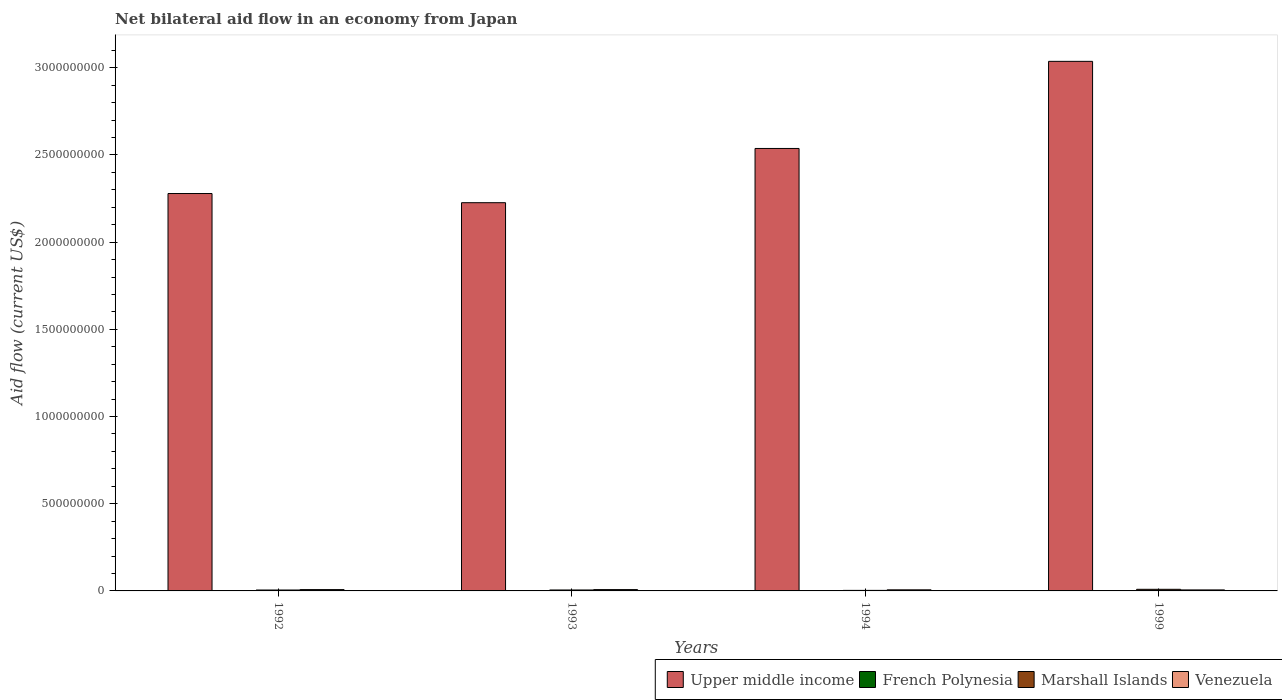
| Years | Upper middle income | French Polynesia | Marshall Islands | Venezuela |
 | --- | --- | --- | --- | --- |
 | 1992 | 2.28e+09 | 1.7e+05 | 5.27e+06 | 7.69e+06 |
 | 1993 | 2.23e+09 | 1.4e+05 | 5.39e+06 | 7.67e+06 |
 | 1994 | 2.54e+09 | 6e+04 | 3.05e+06 | 6.3e+06 |
 | 1999 | 3.04e+09 | 1e+04 | 9.23e+06 | 5.79e+06 |